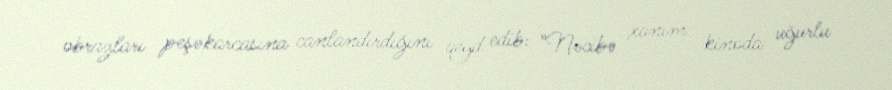
obrazları peşəkarcasına canlandırdığını qeyd edib: "Nəcibə xanım kinoda uğurlu